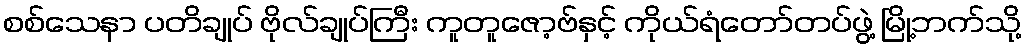
စစ်သေနာ ပတိချုပ် ဗိုလ်ချုပ်ကြီး ကူတူဇော့ဗ်နှင့် ကိုယ်ရံတော်တပ်ဖွဲ့ မြို့ဘက်သို့